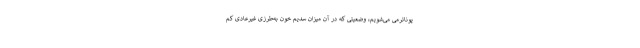
پوناترمی می‌شویم، وضعیتی که در آن میزان سدیم خون به‌طرزی غیرعادی کم